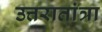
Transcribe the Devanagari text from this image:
उत्तरातांत्रा